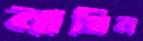
নাথিন